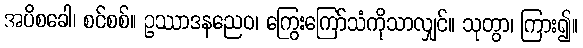
အပိစခေါ၊ စင်စစ်။ ဥဿာဒနညေဝ၊ ကြွေးကြော်သံကိုသာလျှင်။ သုတွာ၊ ကြား၍။